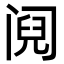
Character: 阋